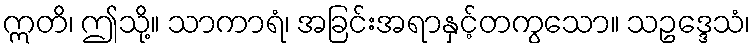
ဣတိ၊ ဤသို့။ သာကာရံ၊ အခြင်းအရာနှင့်တကွသော။ သဥဒ္ဒေသံ၊